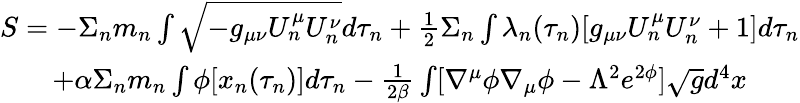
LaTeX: \begin{array}{c}{{S=-\Sigma_{n}m_{n}\int\sqrt{-g_{\mu\nu}U_{n}^{\mu}U_{n}^{\nu}}d\tau_{n}+\frac{1}{2}\Sigma_{n}\int\lambda_{n}(\tau_{n})[g_{\mu\nu}U_{n}^{\mu}U_{n}^{\nu}+1]d\tau_{n}}}\\ {{+\alpha\Sigma_{n}m_{n}\int\phi[x_{n}(\tau_{n})]d\tau_{n}-\frac{1}{2\beta}\int[\nabla^{\mu}\phi\nabla_{\mu}\phi-\Lambda^{2}e^{2\phi}]\sqrt{g}d^{4}x}}\end{array}